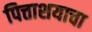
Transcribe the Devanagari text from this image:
पित्ताशयाचा